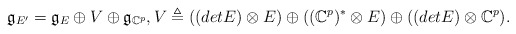
\begin{align*}\mathfrak{g}_{E'}=\mathfrak{g}_{E}\oplus V\oplus \mathfrak{g}_{\mathbb{C}^{p}}, V\triangleq ((detE)\otimes E)\oplus ((\mathbb{C}^{p})^{*}\otimes E)\oplus ((detE)\otimes\mathbb{C}^{p}). \end{align*}